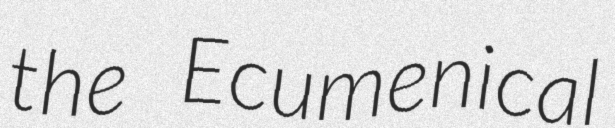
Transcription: the Ecumenical